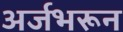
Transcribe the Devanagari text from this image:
अर्जभरून